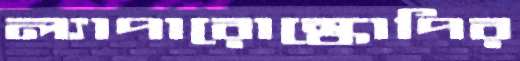
ল্যাপারোস্কোপির